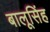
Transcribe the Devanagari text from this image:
बालूसिंह